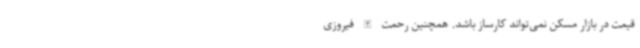
قیمت در بازار مسکن نمی‌تواند کارساز باشد. همچنین رحمت الله فیروزی